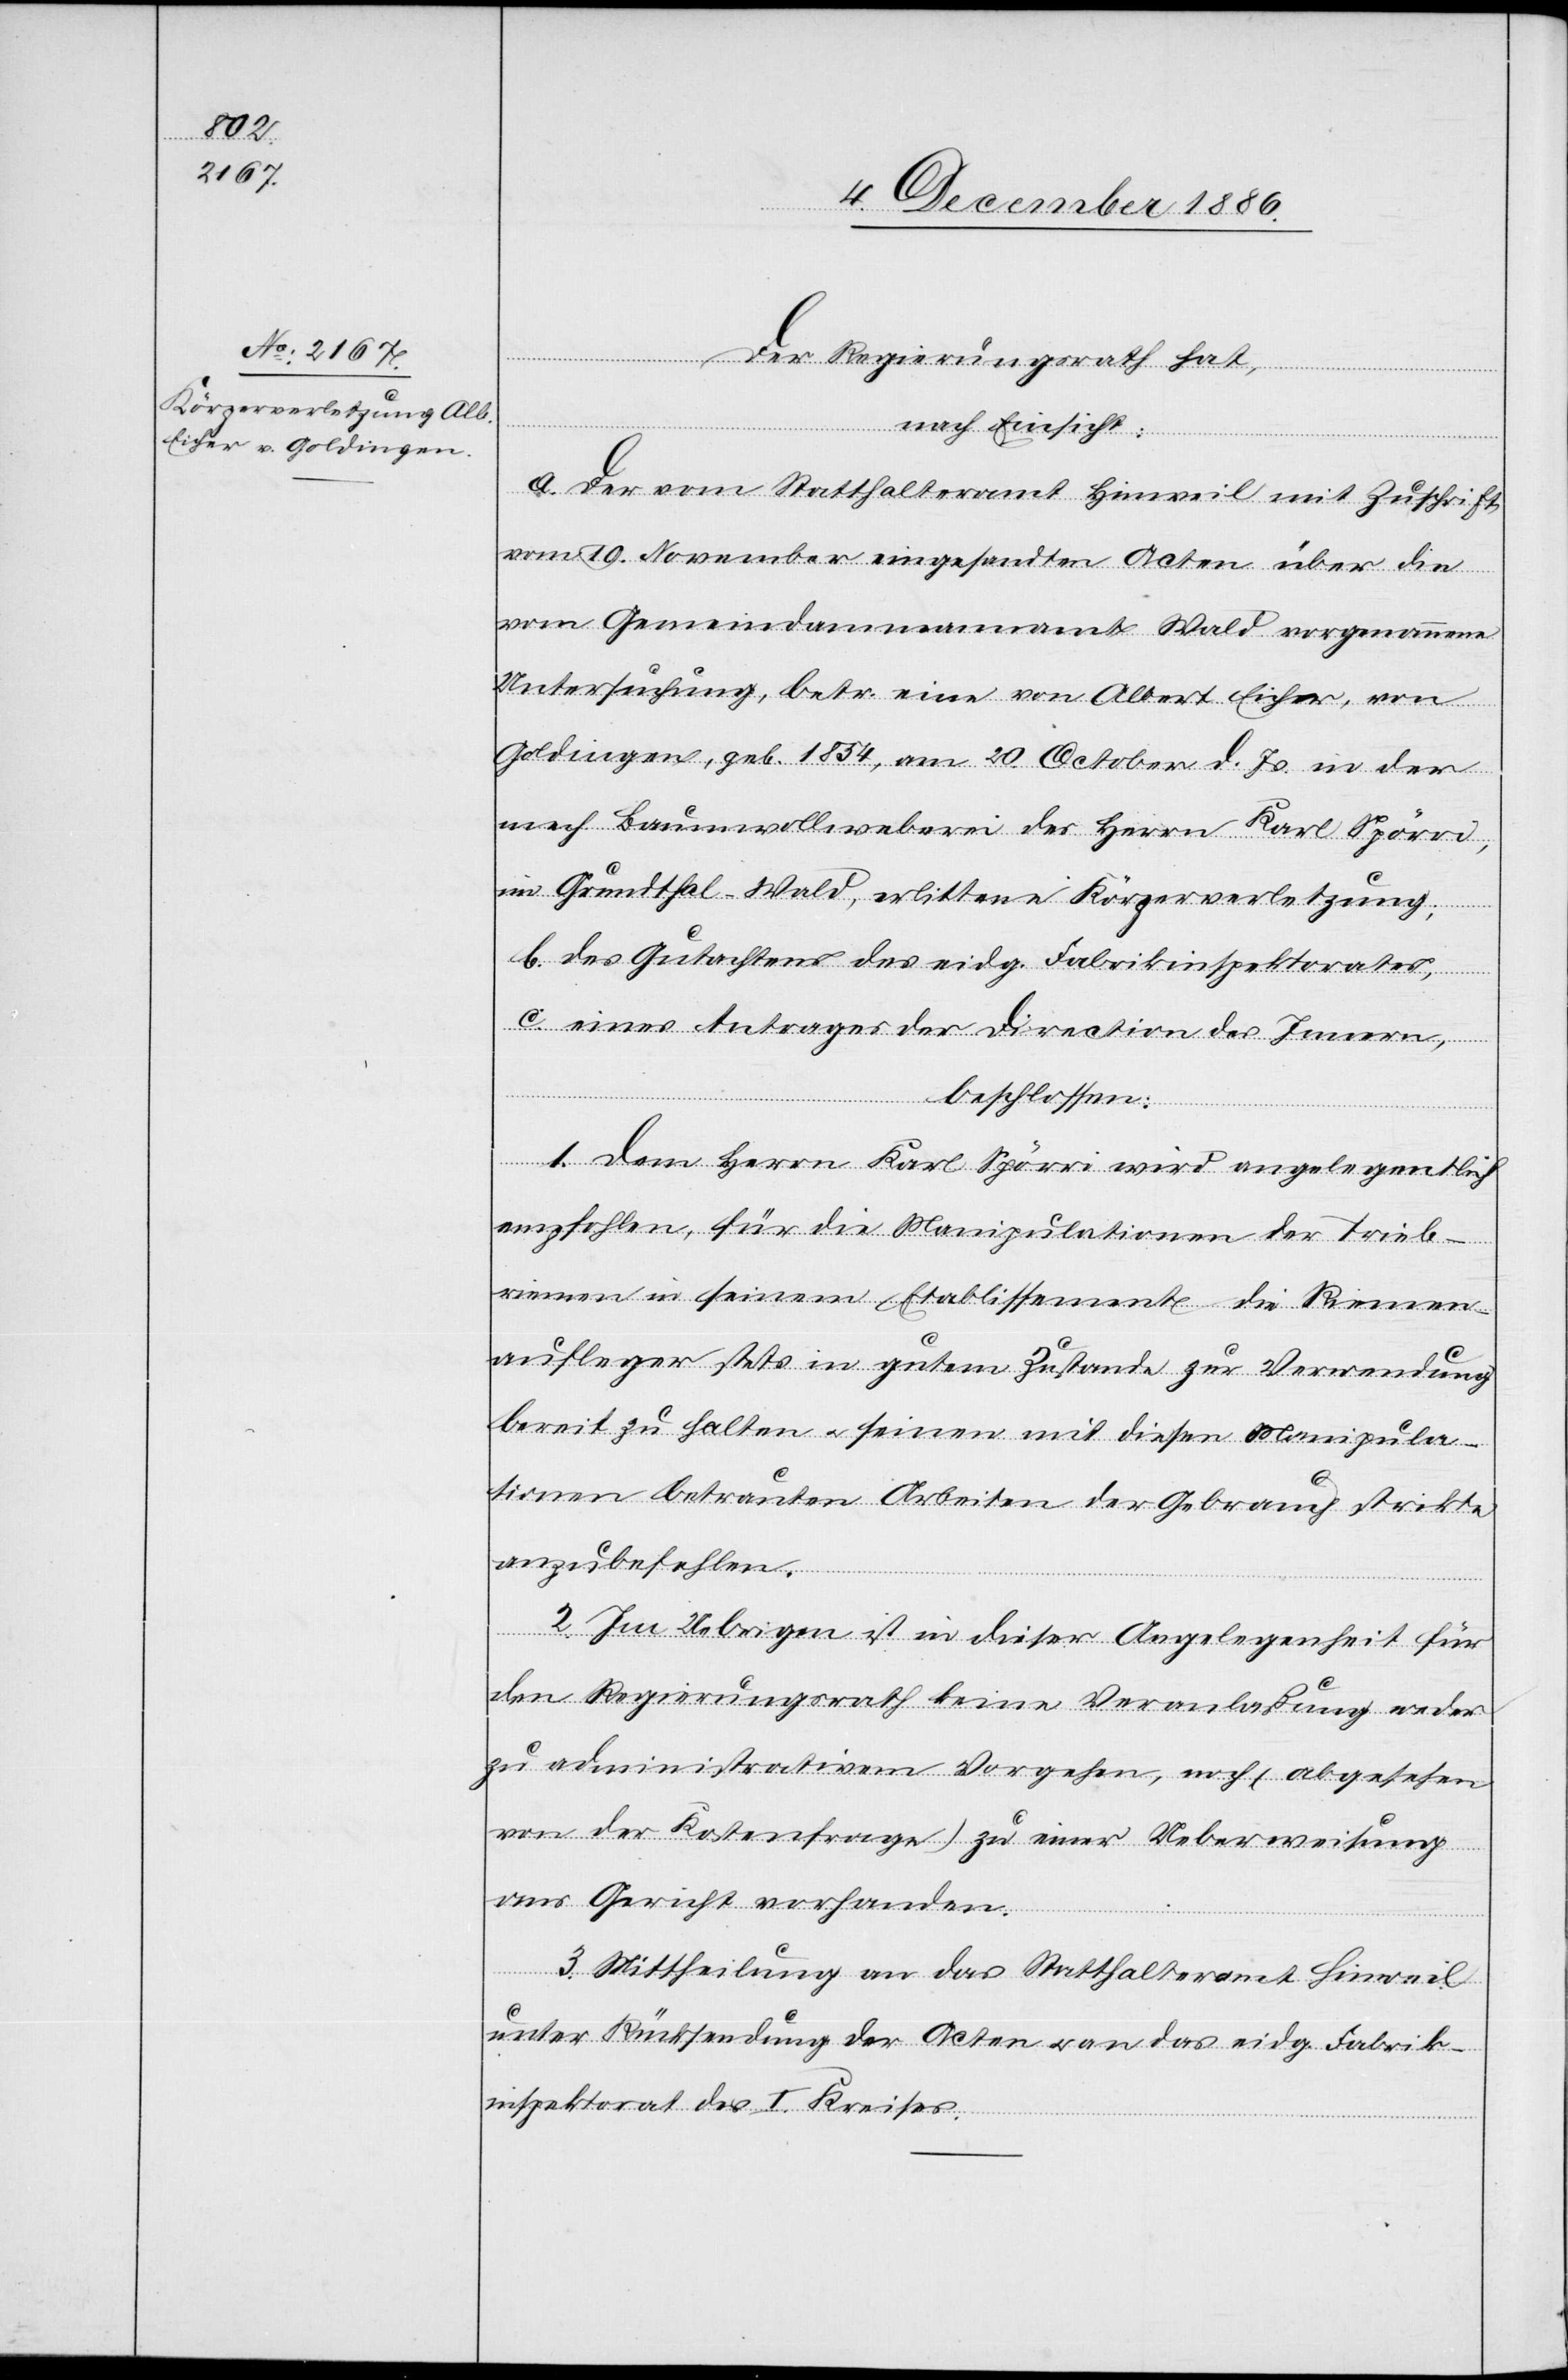
Der Regierungsrath hat,
nach Einsicht:
a. Der vom Statthalteramt Hinweil mit Zuschrift
vom 19. November eingesandten Acten über die
vom Gemeindammannamt Wald vorgenommene
Untersuchung, betr. eine von Albert Eicher, von
Goldingen, geb. 1854, am 20. October d. Js. in der
mech. Baumwollweberei des Herrn Karl Spörri,
im Grundthal - Wald, erlittene Körperverletzung;
b. des Gutachtens des eidg. Fabrikinspektorates,
c. eines Antrages der Direction des Innern,
beschlossen:
1. Dem Herrn Karl Spörri wird angelegentlich
empfohlen, für die Manipulationen der Trieb¬
riemen in seinem Etablissement die Riemen¬
aufleger stets in gutem Zustande zur Verwendung
bereit zu halten & seinen mit diesen Manipula¬
tionen betrauten Arbeite[r]n der [sic!] Gebrauch strikte
anzubefehlen.
2. Im Uebrigen ist in dieser Angelegenheit für
den Regierungsrath keine Veranlaßung weder
zu administrativem Vorgehen, noch (abgesehen
von der Kostenfrage) zu einer Ueberweisung
ans Gericht vorhanden.
3. Mittheilung an das Statthalteramt Hinweil
unter Rücksendung der Acten & an das eidg. Fabrik¬
inspektorat des I. Kreises.